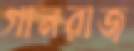
গানরাজ